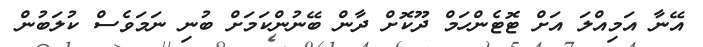
އޭނާ އަމިއްލަ އަށް ޓޮޓެންހަމް ދޫކޮށް ދާން ބޭނުންކަމަށް ބުނި ނަމަވެސް ކުލަބުން